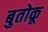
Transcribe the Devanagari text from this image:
बुतोकू